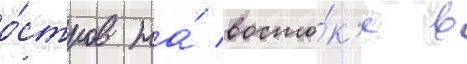
о́стров на́ восто́к'е в